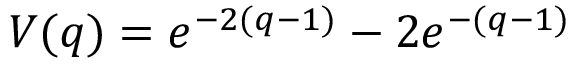
V ( q ) = e ^ { - 2 ( q - 1 ) } - 2 e ^ { - ( q - 1 ) }